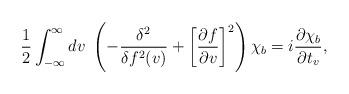
LaTeX: \begin{align*}\frac{1}{2}\int_{-\infty}^{\infty}dv\ \left(-\frac{\delta^2}{\delta f^2(v)}+ \left[\frac{\partial f}{\partial v}\right]^2\right)\chi_b= i \frac{\partial\chi_b}{\partial t_v}, \end{align*}